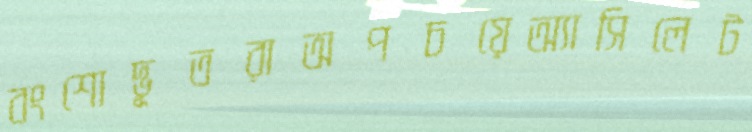
বংশোদ্ভূতরাঅপচয়েঅ্যাসিলেট